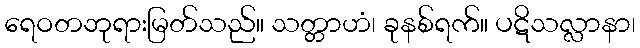
ရေဝတဘုရားမြတ်သည်။ သတ္တာဟံ၊ ခုနစ်ရက်။ ပဋိသလ္လာနာ၊